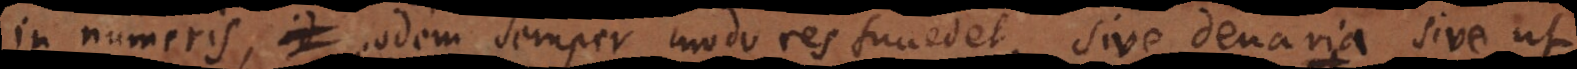
in numeris eodem semper modo res succedet, sive denaria sive ut